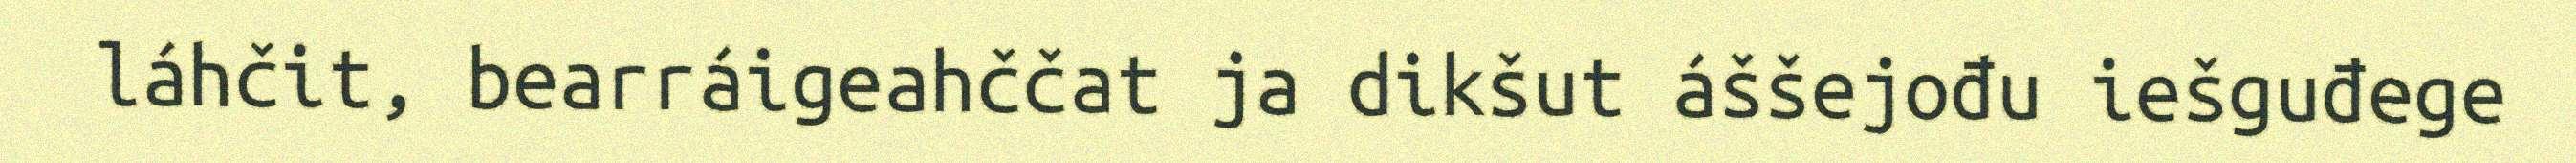
láhčit, bearráigeahččat ja dikšut áššejođu iešguđege